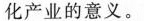
化产业的意义。